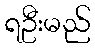
ရဦးမည်